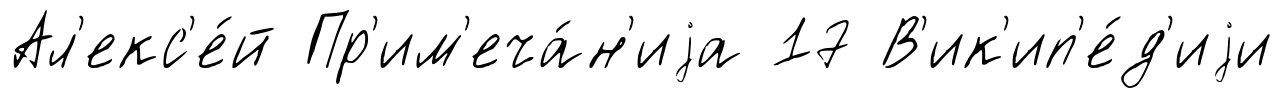
Ал'екс'е́й Пр'им'еча́н'иjа 17 В'ик'ип'е́д'иjи